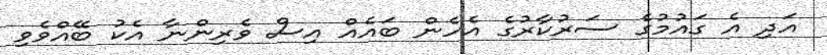
އަދި އެ ގައުމުގެ ސަރުކާރުގެ އެހެން ބައެއް އިސް ވެރިންނާ އެކު ބޭއްވެވި